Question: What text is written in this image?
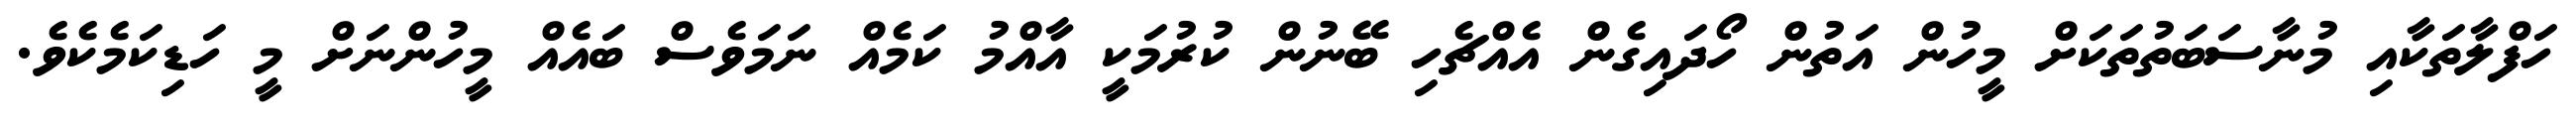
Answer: ހަފްލާތަކާއި މުނާސަބަތުތަކަށް މީހުން އަތުން ހޯދައިގެން އެއްޗެހި ބޭނުން ކުރުމަކީ އާއްމު ކަމެއް ނަމަވެސް ބައެއް މީހުންނަށް މީ ހަޑިކަމެކެވެ.